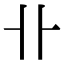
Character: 卝